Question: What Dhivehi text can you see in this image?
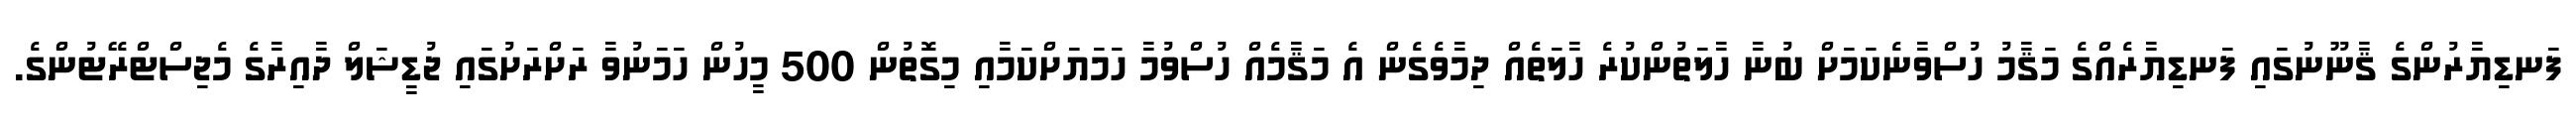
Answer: ފަނޑިޔާރުންގެ ޤާނޫނުގައި ފަނޑިޔާރެއްގެ މަޤާމު ހުސްވާނެކަމަށް ބުނާ ހާލަތުންކުރެ ހާލަތެއް ދިމާވެގެން އެ މަޤާމެއް ހުސްވުމާ ހަމަޔަށްކަމާއި މިގޮތުން 500 މީހުން ހަމަނުވާ ރަށްރަށުގައި ޖުޑީޝަލް ދާއިރާގެ މެޖިސްޓްރޭޓުންގެ.